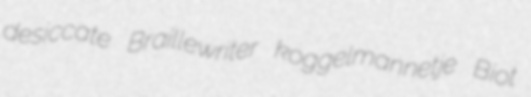
desiccate Braillewriter koggelmannetje Biot